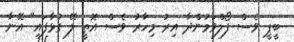
ބީޕީ ވެސް ފޯލްވަމުންދާ އިރު މިހާރު ވެސް އޮތީ ލޭ ގުޅާފައި" އޭނާ